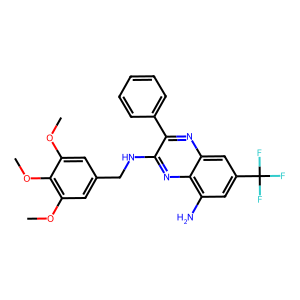
SMILES: COc1cc(CNc2nc3c(N)cc(C(F)(F)F)cc3nc2-c2ccccc2)cc(OC)c1OC
Inhibits HIV replication: No